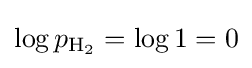
\log p_{\mathrm {H_{2}} }=\log 1=0